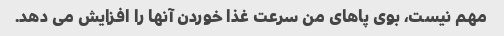
مهم نیست، بوی پاهای من سرعت غذا خوردن آنها را افزایش می دهد.